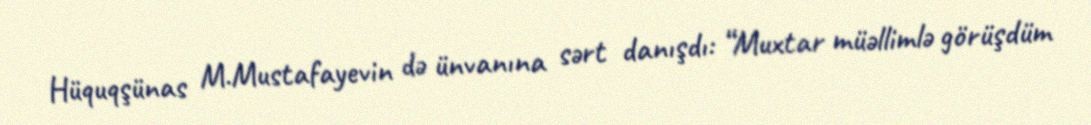
Hüquqşünas M.Mustafayevin də ünvanına sərt danışdı: “Muxtar müəllimlə görüşdüm